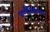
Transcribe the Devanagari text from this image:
वर्णविक्षेपण